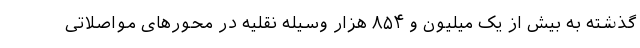
گذشته به بیش از یک میلیون و ۸۵۴ هزار وسیله نقلیه در محورهای مواصلاتی